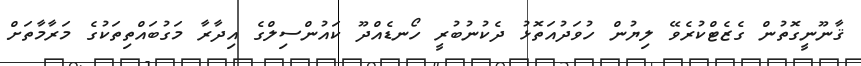
ޤާނޫނީގޮތުން ގެޒެޓްކުރެވޭ ލިޔުން ހުވަދުއަތޮޅު ދެކުނުބުރީ ހޯނޑެއްދޫ ކައުންސިލްގެ އިދާރާ މަގުބައްތިތަކުގެ މަރާމާތަށް